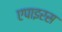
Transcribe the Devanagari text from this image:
एपाइरस